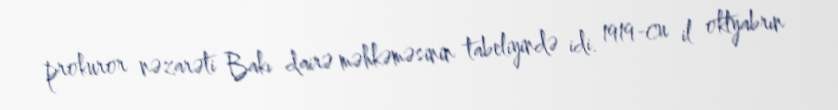
prokuror nəzarəti Bakı dairə məhkəməsinin tabeliyində idi. 1919-cu il oktyabrın